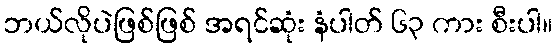
ဘယ်လိုပဲဖြစ်ဖြစ် အရင်ဆုံး နံပါတ် ၆၃ ကား စီးပါ။